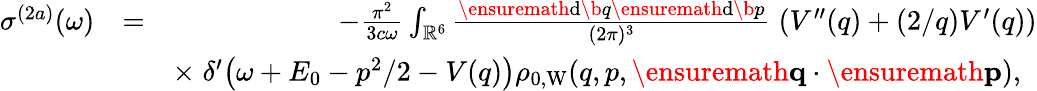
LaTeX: \begin{array}{rlr}{\sigma^{(2a)}(\omega)}&{=}&{-\frac{\pi^{2}}{3c\omega}\int_{\mathbb{R}^{6}}\frac{\ensuremath{\mathrm{d}}\b{q}\ensuremath{\mathrm{d}}\b{p}}{(2\pi)^{3}}\; \left(V^{\prime\prime}(q)+(2/q)V^{\prime}(q)\right)}\\ &{}&{\times\; \delta^{\prime}\! \left(\omega+E_{0}-p^{2}/2-V(q)\right)\rho_{0,\mathrm{W}}(q,p,\ensuremath{\mathbf{q}}\cdot\ensuremath{\mathbf{p}}),\; \; }\end{array}